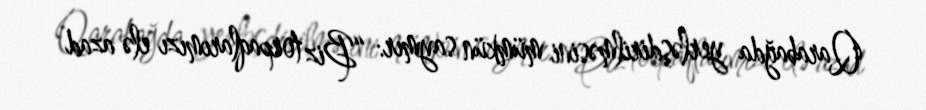
Qarabağda yerləşdirilməsini mümkün saymır: “Biz torpaqlarımızı elə azad